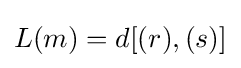
L(m)=d[(r),(s)]